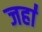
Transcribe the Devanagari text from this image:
जहा॑